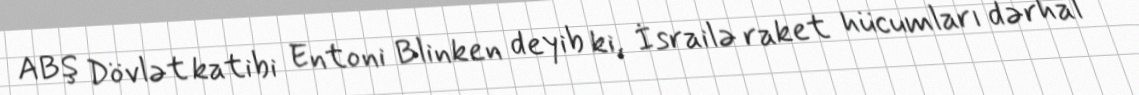
ABŞ Dövlət katibi Entoni Blinken deyib ki, İsrailə raket hücumları dərhal